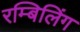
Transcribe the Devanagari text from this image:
रम्बिलिंग